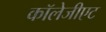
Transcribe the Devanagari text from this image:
कॉलेजीएट